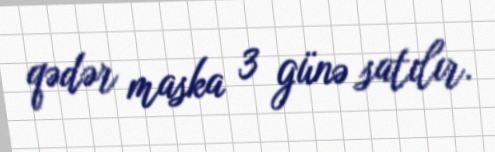
qədər maska 3 günə satılır.